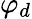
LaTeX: \varphi_{d}